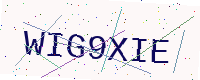
Text: WIG9XIE